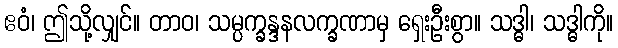
ဧဝံ၊ ဤသို့လျှင်။ တာဝ၊ သမ္ပက္ခန္ဒနလက္ခဏာမှ ရှေးဦးစွာ။ သဒ္ဓါ၊ သဒ္ဓါကို။